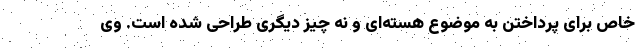
خاص برای پرداختن به موضوع هسته‌ای و نه چیز دیگری طراحی شده است. وی